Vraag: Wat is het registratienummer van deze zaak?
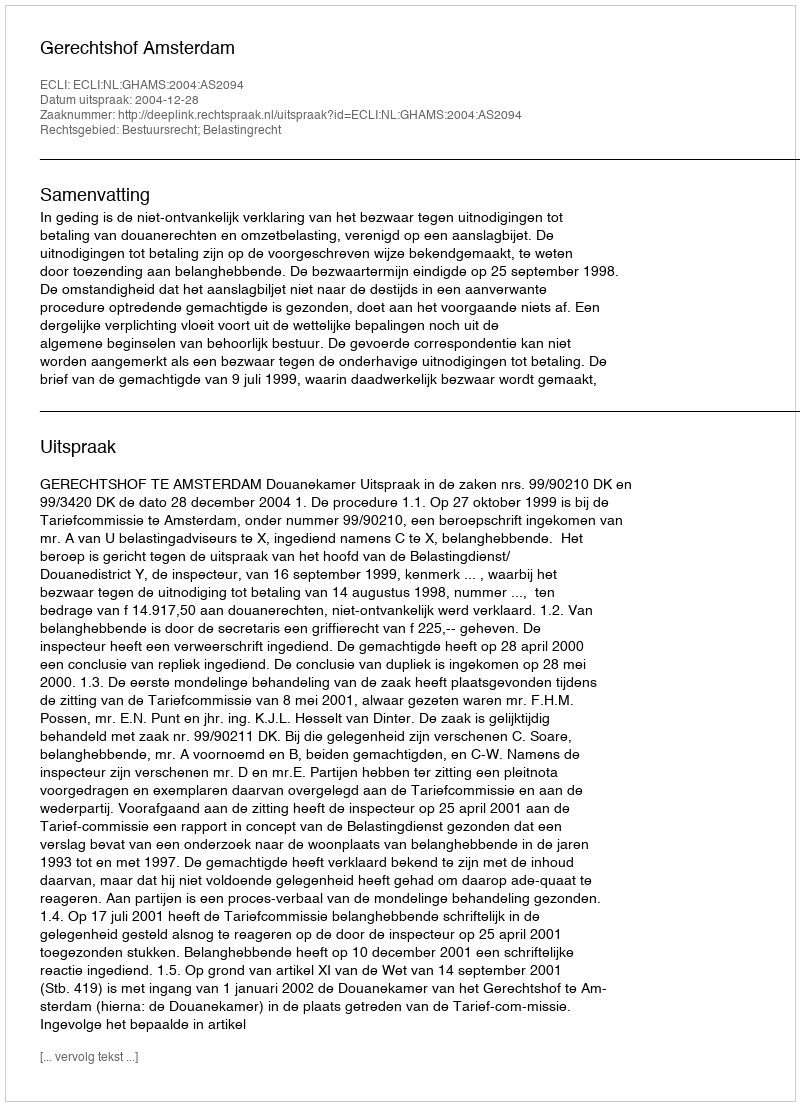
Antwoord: http://deeplink.rechtspraak.nl/uitspraak?id=ECLI:NL:GHAMS:2004:AS2094